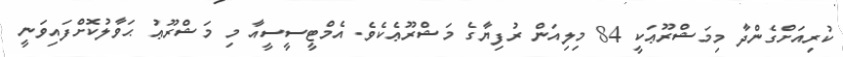
ކުރިއަށްގެންދާ މިމަޝްރޫޢަކީ 84 މިލިއަން ރުފިޔާގެ މަޝްރޫޢެކެވެ. އެމްޓީސީސީއާ މި މަޝްރޫޢު ޙަވާލުކޮށްފައިވަނީ